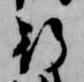
行